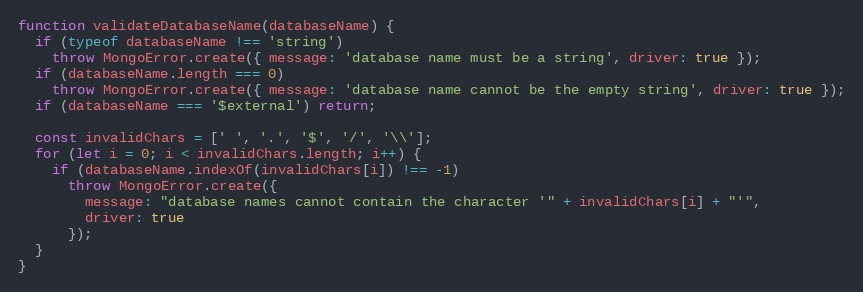
Language: JavaScript
function validateDatabaseName(databaseName) {
  if (typeof databaseName !== 'string')
    throw MongoError.create({ message: 'database name must be a string', driver: true });
  if (databaseName.length === 0)
    throw MongoError.create({ message: 'database name cannot be the empty string', driver: true });
  if (databaseName === '$external') return;

  const invalidChars = [' ', '.', '$', '/', '\\'];
  for (let i = 0; i < invalidChars.length; i++) {
    if (databaseName.indexOf(invalidChars[i]) !== -1)
      throw MongoError.create({
        message: "database names cannot contain the character '" + invalidChars[i] + "'",
        driver: true
      });
  }
}